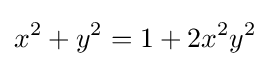
x^{2}+y^{2}=1+2x^{2}y^{2}